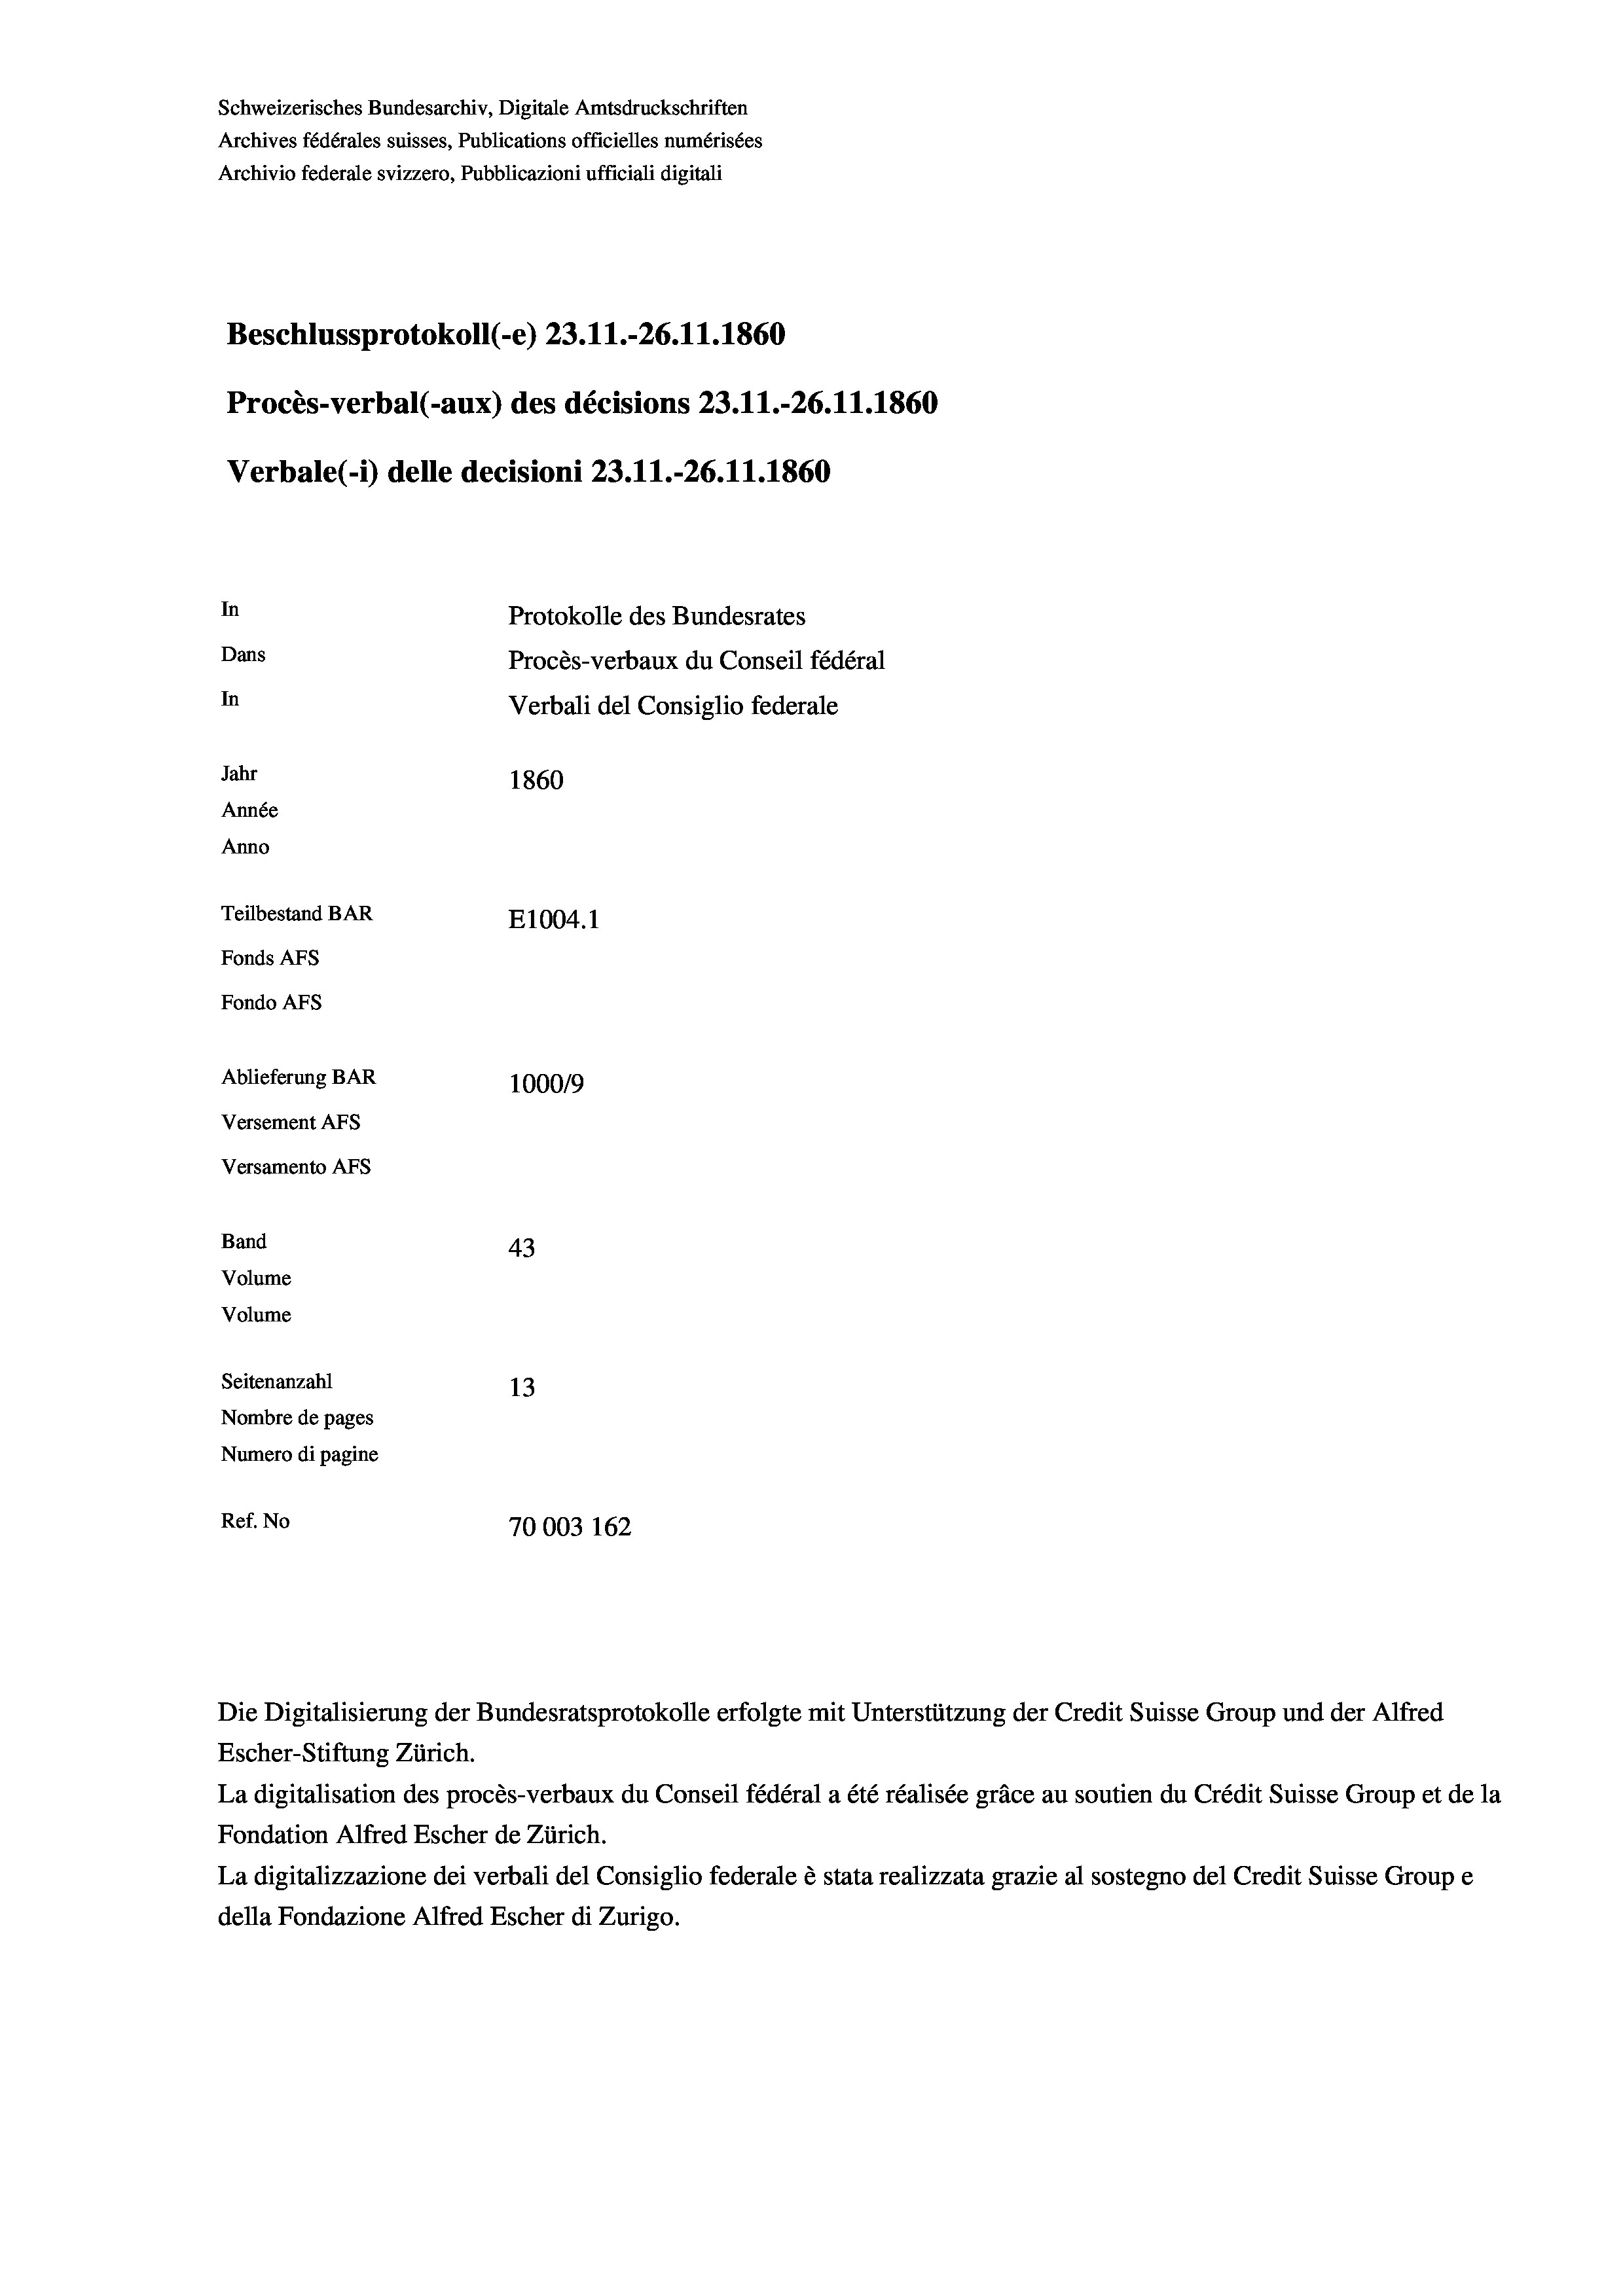
Schweizerisches Bundesarchiv, Digitale Amtsdruckschriften
Archives fédérales suisses, Publications officielles numérisées
Archivio federale svizzero, Pubblicazioni ufficiali digitali
Beschlussprotokoll (-e) 23. 11.-26. 11. 1860
Procès-verbal (-aux) des décisions 23.11.-26.11.1860
Verbale(1) delle decisioni 23.11.-26.11.1860
In
Protokolle des Bundesrates
Dans
Procès-verbaux du Conseil fédéral
In
Verbali del Consiglio federale
Jahr
1860
Année
Anno
Teilbestand BAR
E1004. 1
Fonds AFs
Fondo Afs
Ablieferung BAR
1000/9
Versement AFs
Versamento Afs

43
Seitenanzahl
13
Nombre de pages
Numero di pagine
Ref. No
70003 162

Band
Volume

Volume

Escher-Stiftung Zürich.
La digitalisation des procès-verbaux du Conseil fédéral a été réalisée gräce au soutien du Crédit Suisse Group et de la
Fondation Alfred Escher de Zürich.
La digitalizzazione dei verbali del Consiglio federale è stata realizzata grazie al sostegno del Credit Suisse Groupe
della Fondazione Alfred Escher di Zurigo.

Die Digitalisierung der Bundesratsprotokolle erfolgte mit Unterstützung der Credit Suisse Group und der Alfred